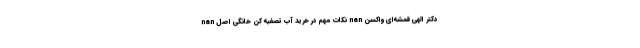
nan نکات مهم در خرید آب تصفیه کن خانگی اصل nan دکتر الهی قمشه‌ای واکسن